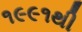
૧૯૯૧થી